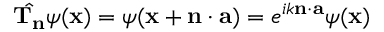
{ \hat { \mathbf { T _ { n } } } } \psi ( \mathbf { x } ) = \psi ( \mathbf { x } + \mathbf { n } \cdot \mathbf { a } ) = e ^ { i k \mathbf { n } \cdot \mathbf { a } } \psi ( \mathbf { x } )